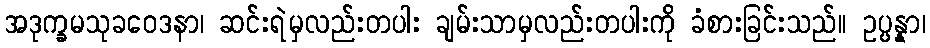
အဒုက္ခမသုခဝေဒနာ၊ ဆင်းရဲမှလည်းတပါး ချမ်းသာမှလည်းတပါးကို ခံစားခြင်းသည်။ ဥပ္ပန္နာ၊